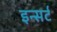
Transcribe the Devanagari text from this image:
इन्सर्ट